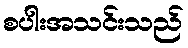
စပါးအသင်းသည်